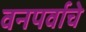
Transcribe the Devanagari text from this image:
वनपर्वाचे